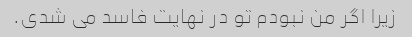
زیرا اگر من نبودم تو در نهایت فاسد می شدی.